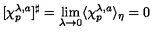
[ \chi _ { p } ^ { \lambda , a } ] ^ { \sharp } = \lim _ { \lambda \rightarrow 0 } \langle \chi _ { p } ^ { \lambda , a } \rangle _ { \eta } = 0